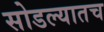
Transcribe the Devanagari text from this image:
सोडल्यातच